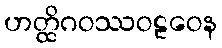
ဟတ္ထိဂဝဿဝဠဝေန